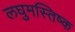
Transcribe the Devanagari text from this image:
लघुमस्तिष्क